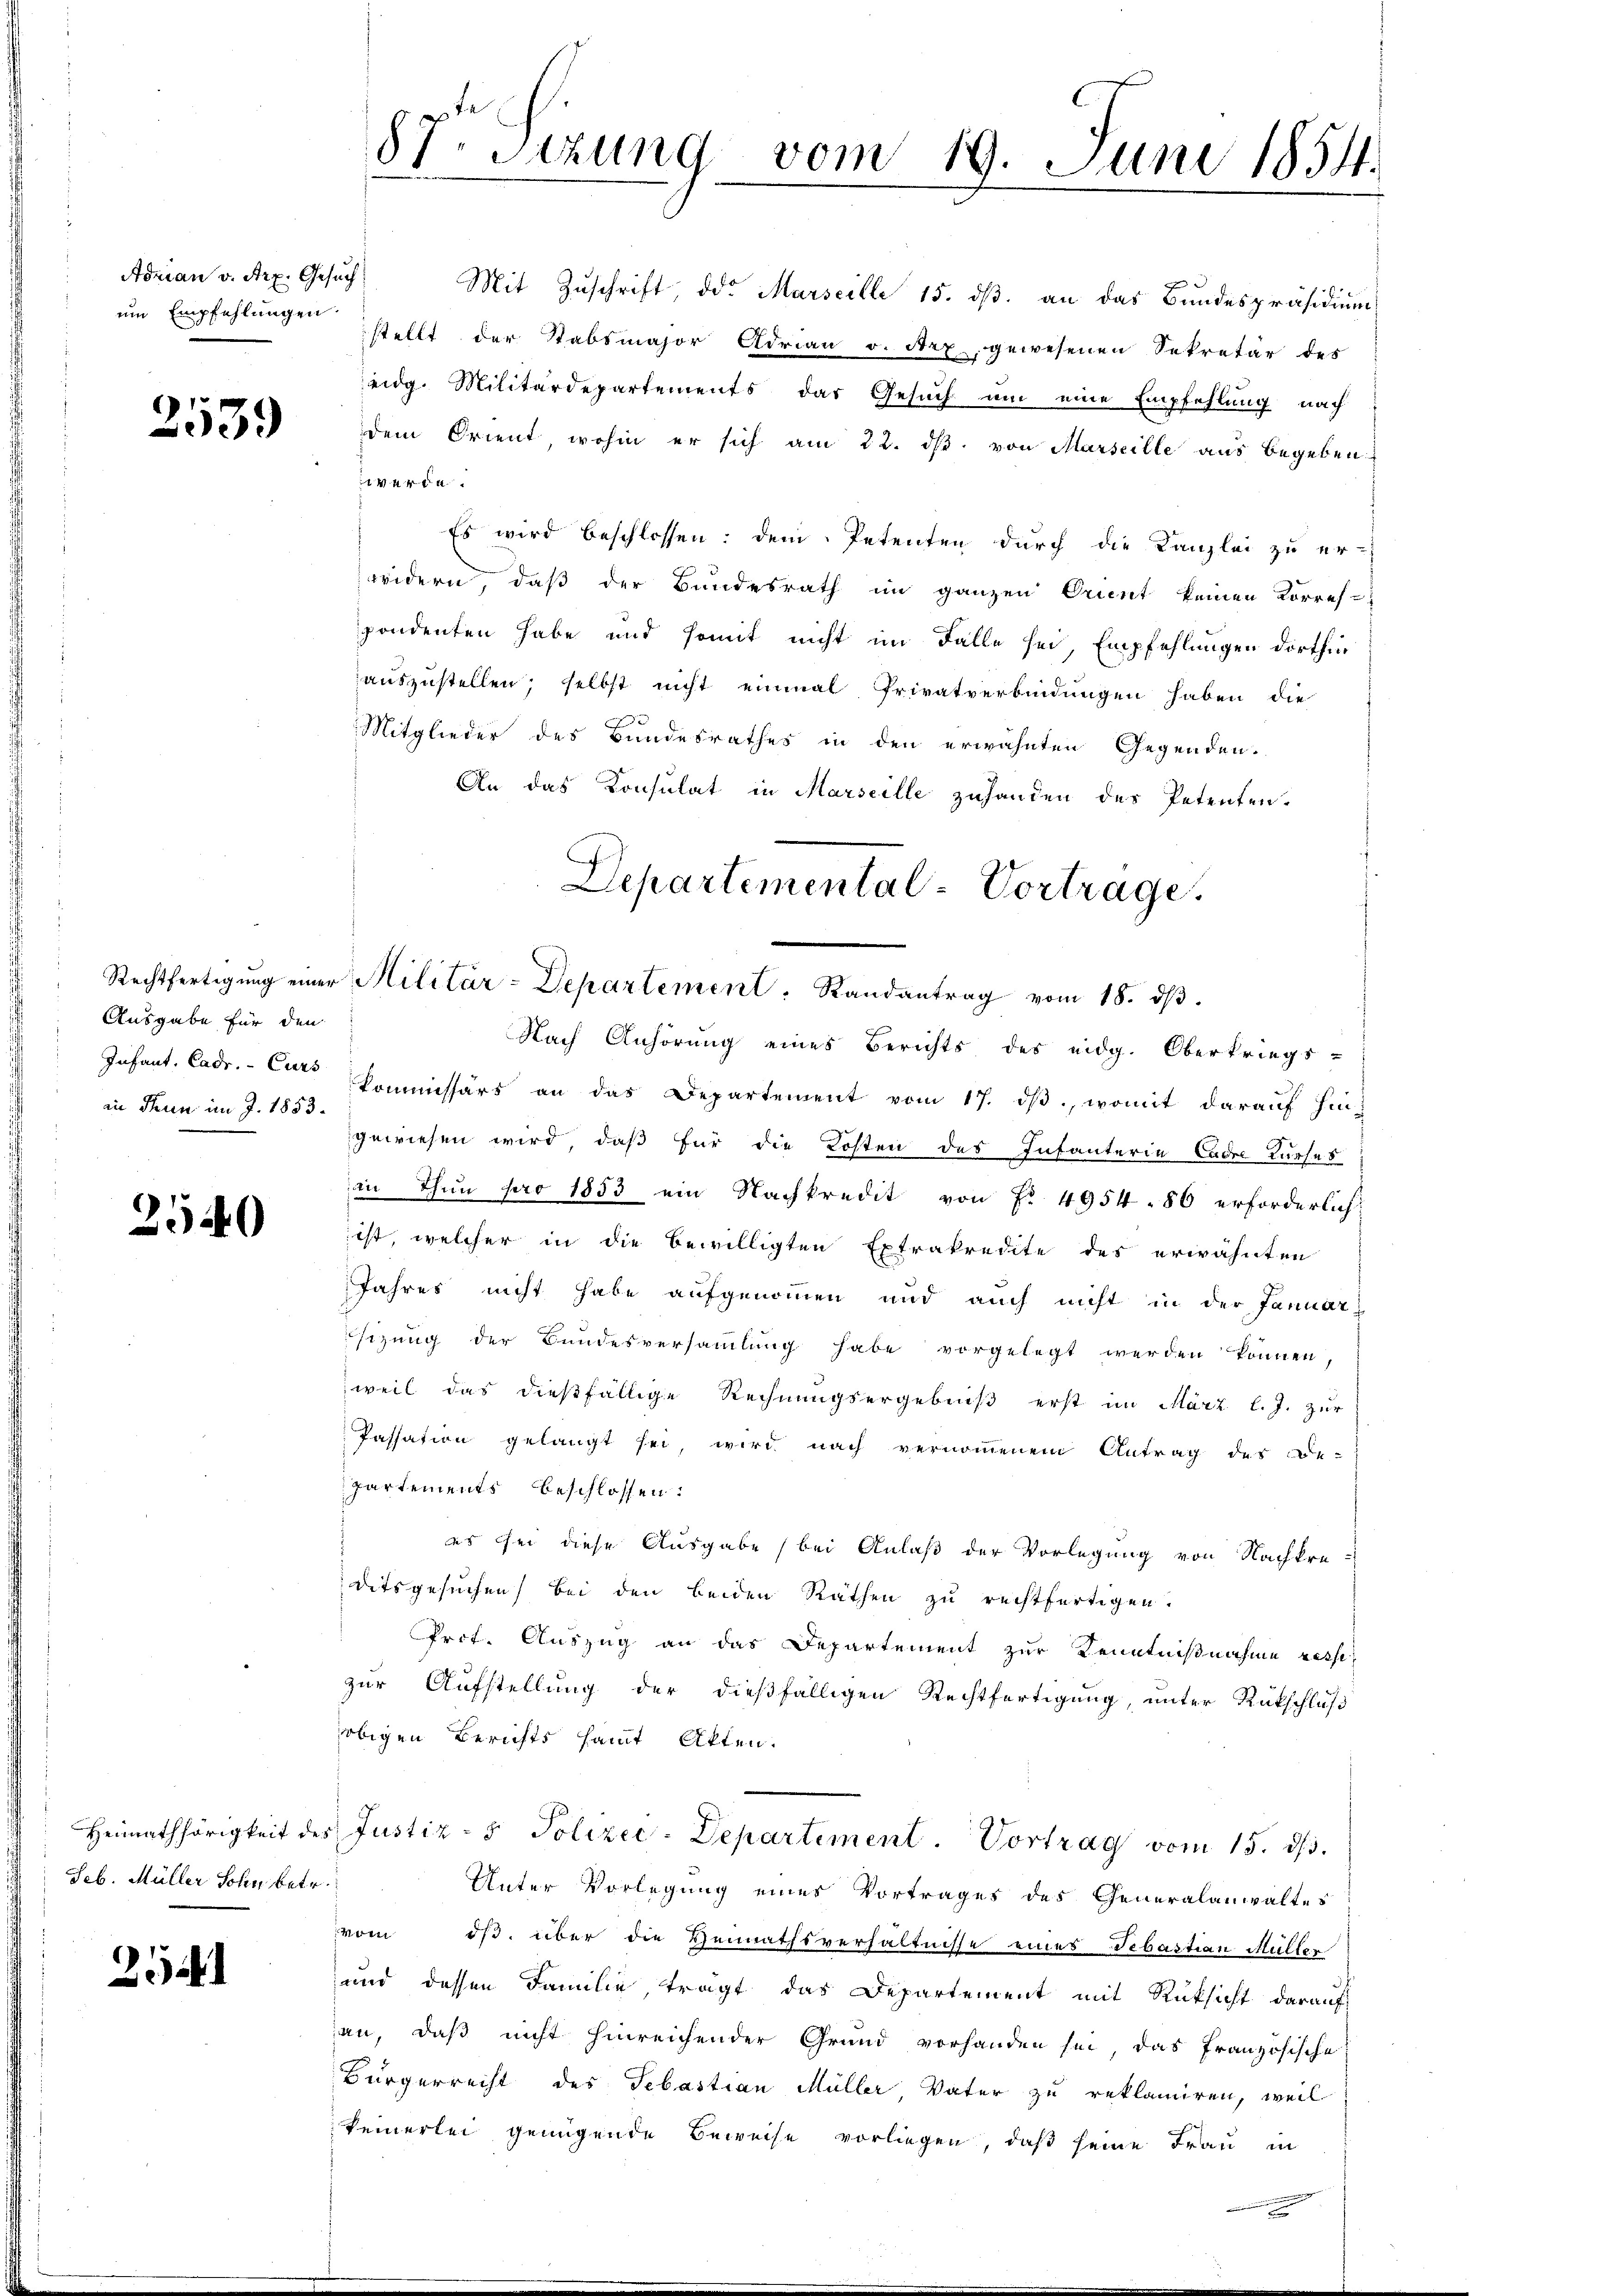
Adrian v. Art. Gesuch
um Empfehlungen.

2539

Ausgabe für den
Infant. Cadr. - Curs
an Thun im J. 1853.

2540

Seb. Müller Sohn betr.

25

87. Sitzung vom 19. Juni 1854.
L
.

Mit Zuschrift, der Marseille 15. dß. an das Bundespräsidium
stellt der Stabsmajor Adrian v. Arx, gewesenen Sekretär des
eidg. Militärdepartements das Gesuch um eine Empfehlung nach
dem Orient, wohin er sich am 22. ds. von Marseille aus begeben
werde.
Es wird beschlossen: dem Petenten durch die Kanzlei zu er-
widern, daß der Bundesrath im ganzen Orient keinen Korres-
pondenten habe und somit nicht im Falle sei, Empfehlungen dorthin
auszustellen, selbst nicht einmal Privatverbindungen haben die
Mitglieder des Bundesrathes in den erwähnten Gegenden.
An das Konsulat in Marseille zuhanden des Petenten¬
Departemental-Vortrage.

Rechtfertigŭng einer Militär-Departement. Randantrag vom 18. dβ.

Nach Anhörung eines Berichts des eidg. Oberkriegs-
kommissärs an das Departement vom 17. ds., womit darauf hingewiesen wird, daß für die Kosten des Infanteria Cadre Kurses
in thun pro 1853 ein Nachkredit von Nr. 4954. 86 erforderlich,
iiht, welcher in die bewilligten Extrakredite des erwähnten
Jahres nicht habe aufgenommen und auch nicht in der Januar
sizung der Bundesversammlung habe vorgelegt werden können,
weil das dießfällige Rechnungsergebniß erst im März l. J. zur
Passation gelangt sei, wird nach vernommenem Antrag des Be-
partements beschlossen:
es sei diese Ausgabe bei Anlaß der Vorlegung von Nachkre-
ditsgesuchen bei den beiden Räthen zu rechtfertigen.
Prof. Auszug an das Departement zur Kenntnißnahme resse,
zur Aufstellung der dießfälligen Rechtfertigung, unter Rückschluß
obigen Berichts samt Akten.
Heimathörigkeit des Justiz- & Polizei-Departement. Vortrag vom 15. dβ.
Unter Vorlegung eines Vortrages des Generalanwaltes
vom iß. über die Heimathsverhältnisse eines Sebastian Müller
und dessen Familie, trägt das Departement mit Rüksicht darauf
an, daß nicht hinreichender Grund vorhanden sei, das französische
Bürgerrecht des Sebastian Müller Vater zu reklamiren, weil
keinerlei genügende Beweise vorliegen, daß seine Frau in